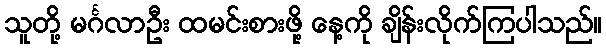
သူတို့ မင်္ဂလာဦး ထမင်းစားဖို့ နေ့ကို ချိန်းလိုက်ကြပါသည်။